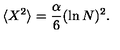
\langle X ^ { 2 } \rangle = \frac { \alpha } { 6 } ( \ln N ) ^ { 2 } .